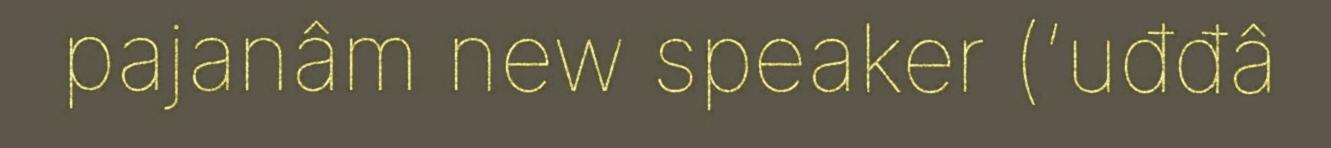
pajanâm new speaker (‘uđđâ